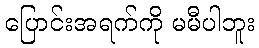
ပြောင်းအရက်ကို မမီပါဘူး